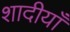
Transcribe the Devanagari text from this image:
शादीयाँ